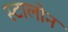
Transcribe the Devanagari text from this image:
स्टालोन